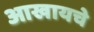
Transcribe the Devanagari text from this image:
आखायचे